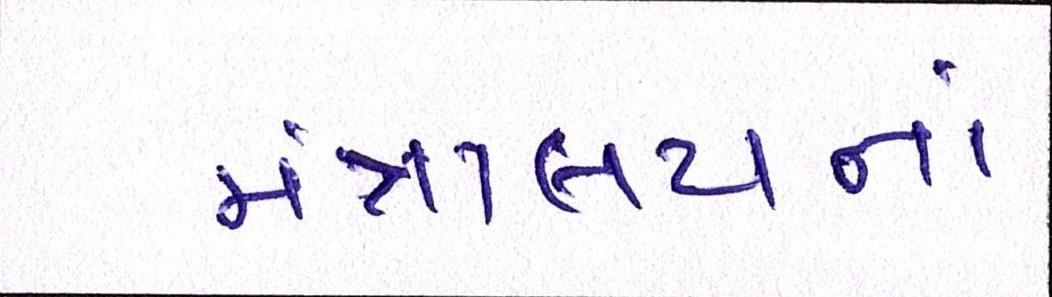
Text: મંત્રાલયનાં